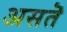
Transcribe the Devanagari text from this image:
असतॆ